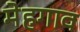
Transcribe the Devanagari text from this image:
मेहगाव